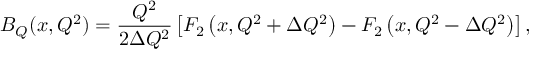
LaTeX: B _ { Q } ( x , Q ^ { 2 } ) = \frac { Q ^ { 2 } } { 2 \Delta Q ^ { 2 } } \left[ F _ { 2 } \left( x , Q ^ { 2 } + \Delta Q ^ { 2 } \right) - F _ { 2 } \left( x , Q ^ { 2 } - \Delta Q ^ { 2 } \right) \right] ,